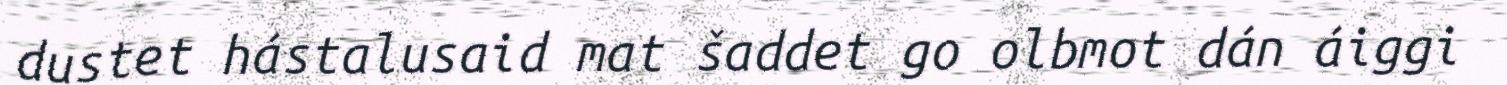
dustet hástalusaid mat šaddet go olbmot dán áiggi